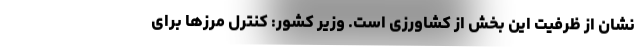
نشان از ظرفیت این بخش از کشاورزی است. وزیر کشور: کنترل مرزها برای